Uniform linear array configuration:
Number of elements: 16
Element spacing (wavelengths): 0.25
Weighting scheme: exponential
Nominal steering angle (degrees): -60
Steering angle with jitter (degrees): -61.159
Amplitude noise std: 0.05
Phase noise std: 0.05

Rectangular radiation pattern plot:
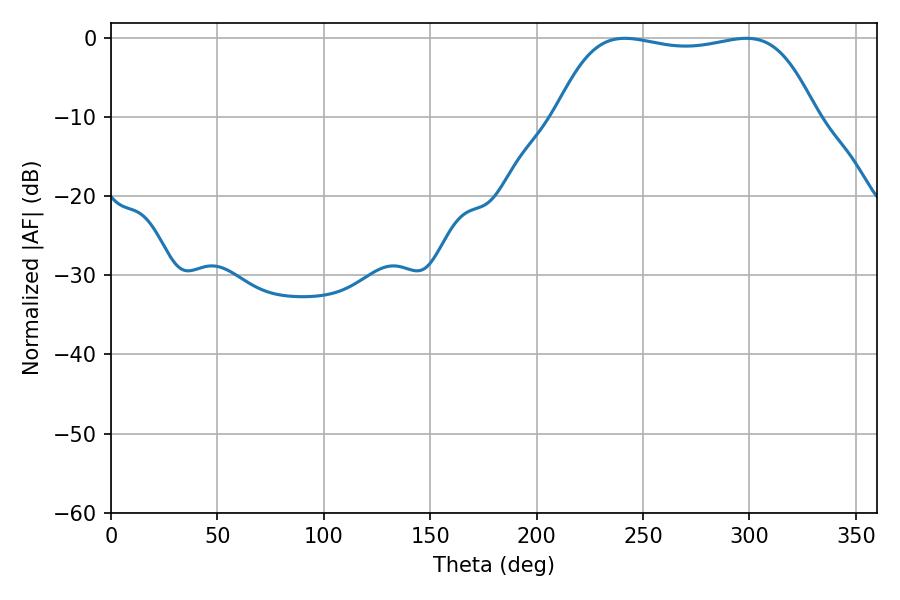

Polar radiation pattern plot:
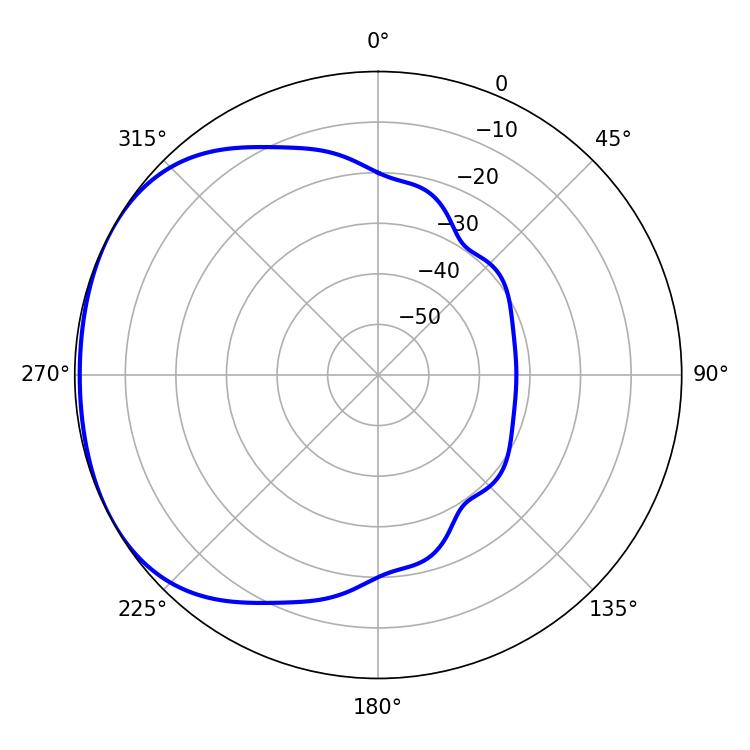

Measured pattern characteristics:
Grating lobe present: FALSE
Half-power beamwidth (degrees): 96.84
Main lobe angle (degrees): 241.38